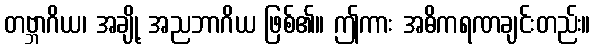
တဗ္ဘာဂိယ၊ အချို့ အညဘာဂိယ ဖြစ်၏။ ဤကား အဓိကရဏချင်းတည်း။